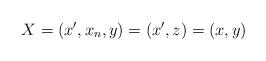
LaTeX: \begin{align*}X = (x', x_n, y) = (x',z) = (x, y)\end{align*}